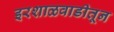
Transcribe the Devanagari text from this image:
इरशाळवाडीतून